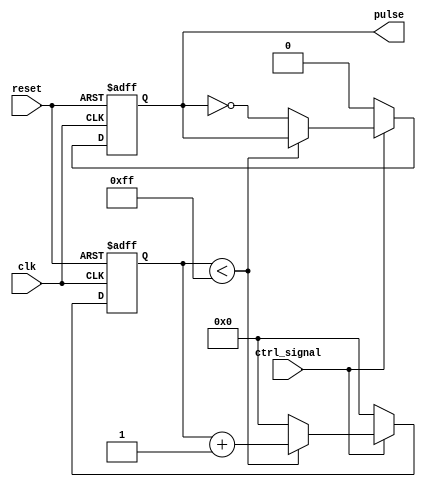
module variable_pulse_width_generator (
    input wire clk,
    input wire reset,
    input wire ctrl_signal,
    output reg pulse
);

reg [7:0] counter;

always @(posedge clk or posedge reset) begin
    if (reset) begin
        counter <= 8'b0;
        pulse <= 1'b0;
    end else begin
        if (ctrl_signal) begin
            if (counter < 8'b11111111) begin
                counter <= counter + 1;
            end else begin
                counter <= 8'b0;
                pulse <= ~pulse;
            end
        end else begin
            counter <= 8'b0;
            pulse <= 1'b0;
        end
    end
end

endmodule